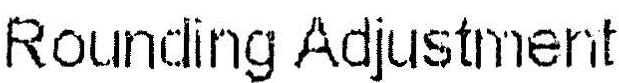
ROUNDING ADJUSTMENT